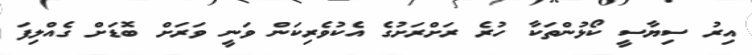
އިރު ސިޔާސީ ކޯޅުންތަކާ ހުރެ ރަށްރަށުގެ އެކުވެރިކަން ވަނީ ވަރަށް ބޮޑަށް ގެއްލިފަ